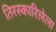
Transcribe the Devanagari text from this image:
तिरस्कारिलेला